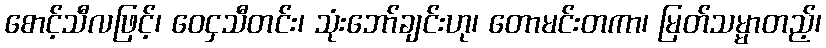
စောင့်သီလဖြင့်၊ ဝေငှသီတင်း၊ သုံးဘော်ချင်းဟု၊ တောမင်းတကာ၊ မြတ်သမ္မာတည့်၊